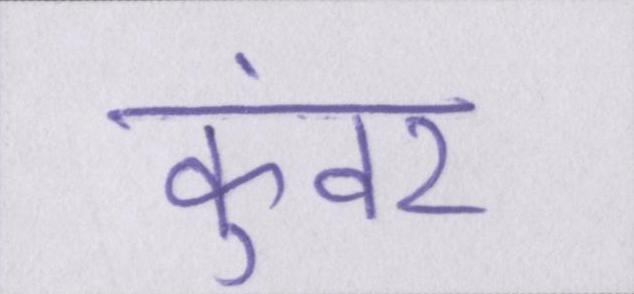
कुंवर